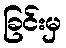
ခြင်းမှ